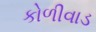
કોળીવાડ